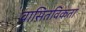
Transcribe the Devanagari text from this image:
वासितविकता